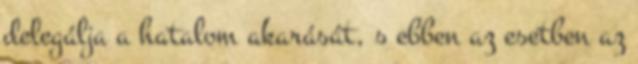
delegálja a hatalom akarását, s ebben az esetben az